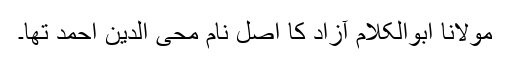
مولانا ابوالکلام آزاد کا اصل نام محی الدین احمد تھا۔